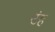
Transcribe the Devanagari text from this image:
उंह